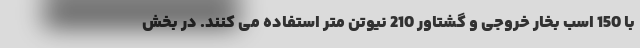
با 150 اسب بخار خروجی و گشتاور 210 نیوتن متر استفاده می کنند. در بخش